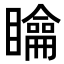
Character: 𥌉